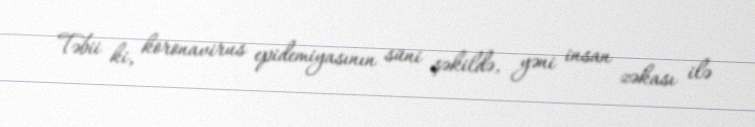
Təbii ki, koronavirus epidemiyasının süni şəkildə, yəni insan zəkası ilə